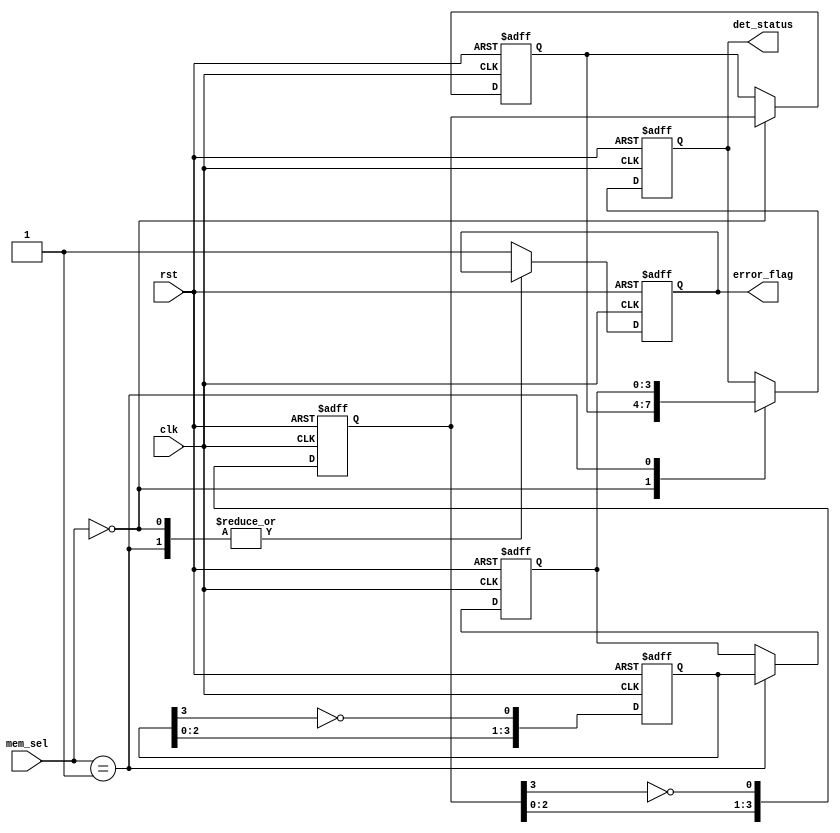
module MemoryBlocksCascadedFlipFlopDetector(
    input wire clk,               // Clock Signal
    input wire rst,               // Reset Signal
    input wire [1:0] mem_sel,     // Memory Block Select
    output reg [3:0] det_status,   // Detected Status
    output reg error_flag          // Error Indicator
);

// Parameters
parameter NUM_MEMORY_BLOCKS = 2;
parameter FLIP_FLOPS_PER_BLOCK = 4;

// Detection Logic for each Memory Block
reg [FLIP_FLOPS_PER_BLOCK-1:0] ff_block_0; // Flip-Flops for Block 0
reg [FLIP_FLOPS_PER_BLOCK-1:0] ff_block_1; // Flip-Flops for Block 1
reg [FLIP_FLOPS_PER_BLOCK-1:0] status_reg [0:NUM_MEMORY_BLOCKS-1]; // Status Registers

// Initial Setup
integer i;
always @(posedge clk or posedge rst) begin
    if (rst) begin
        // Initialize all flip-flops and status registers
        for (i = 0; i < NUM_MEMORY_BLOCKS; i = i + 1) begin
            ff_block_0 <= 4'b0000; // Initially set to 0
            ff_block_1 <= 4'b0000; // Initially set to 0
            status_reg[i] <= 4'b0000; // Reset status registers
        end
        det_status <= 4'b0000; // Reset detected status
        error_flag <= 1'b0; // No error
    end else begin
        // Detection based on memory block selection
        case (mem_sel)
            2'b00: begin
                status_reg[0] <= ff_block_0; // Capture status from Block 0
                det_status <= status_reg[0]; // Update detected status
            end
            2'b01: begin
                status_reg[1] <= ff_block_1; // Capture status from Block 1
                det_status <= status_reg[1]; // Update detected status
            end
            default: begin
                error_flag <= 1'b1; // Indicate error for invalid selection
            end
        endcase

        // Update flip-flops for demonstration purposes
        ff_block_0 <= {ff_block_0[2:0], ~ff_block_0[3]}; // Simple toggle logic
        ff_block_1 <= {ff_block_1[2:0], ~ff_block_1[3]}; // Simple toggle logic
    end
end

endmodule